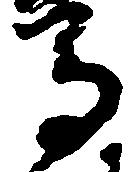
馬